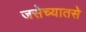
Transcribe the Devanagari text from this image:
जसेच्यातसे